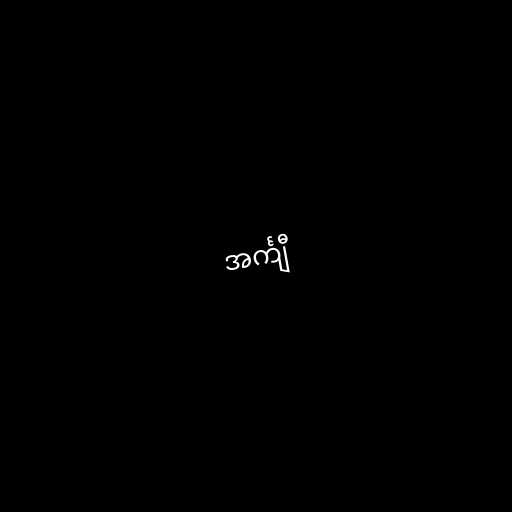
အင်္ကျီ